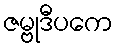
ဇမ္ဗုဒီပကေ